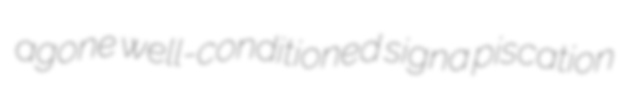
agone well-conditioned signa piscation